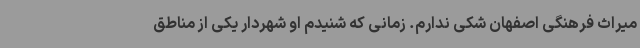
میراث فرهنگی اصفهان شکی ندارم. زمانی که شنیدم او شهردار یکی از مناطق